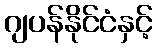
ဂျပန်နိုင်ငံနှင့်